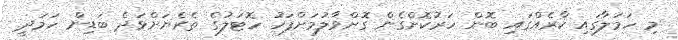
މި ހަމަލާގައި ކާރެއްގައި ބޮން ހަރުކޮށްގެން ގޮށްވާލުމަށްފަހު ހޮޓަލުގެ ތެރެޔަށްވަދެ ބަޑިން ހަމަދީ